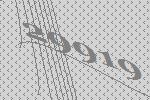
29919